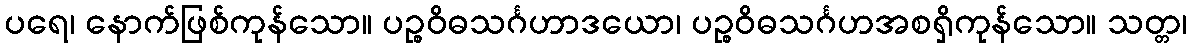
ပရေ၊ နောက်ဖြစ်ကုန်သော။ ပဉ္စဝိဓသင်္ဂဟာဒယော၊ ပဉ္စဝိဓသင်္ဂဟအစရှိကုန်သော။ သတ္တ၊